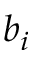
b _ { i }